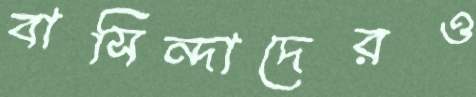
বাসিন্দাদেরও